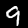
Digit: 9